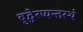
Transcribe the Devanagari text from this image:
बुद्धेरप्यन्तस्थं